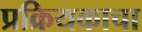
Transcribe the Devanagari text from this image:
प्रक्रियकाचा